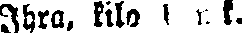
Ihra, kilo 1 r. k.